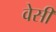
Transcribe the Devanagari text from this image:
वेसी